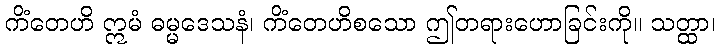
ကိံတေဟိ ဣမံ ဓမ္မဒေသနံ၊ ကိံတေဟိစသော ဤတရားဟောခြင်းကို။ သတ္ထာ၊